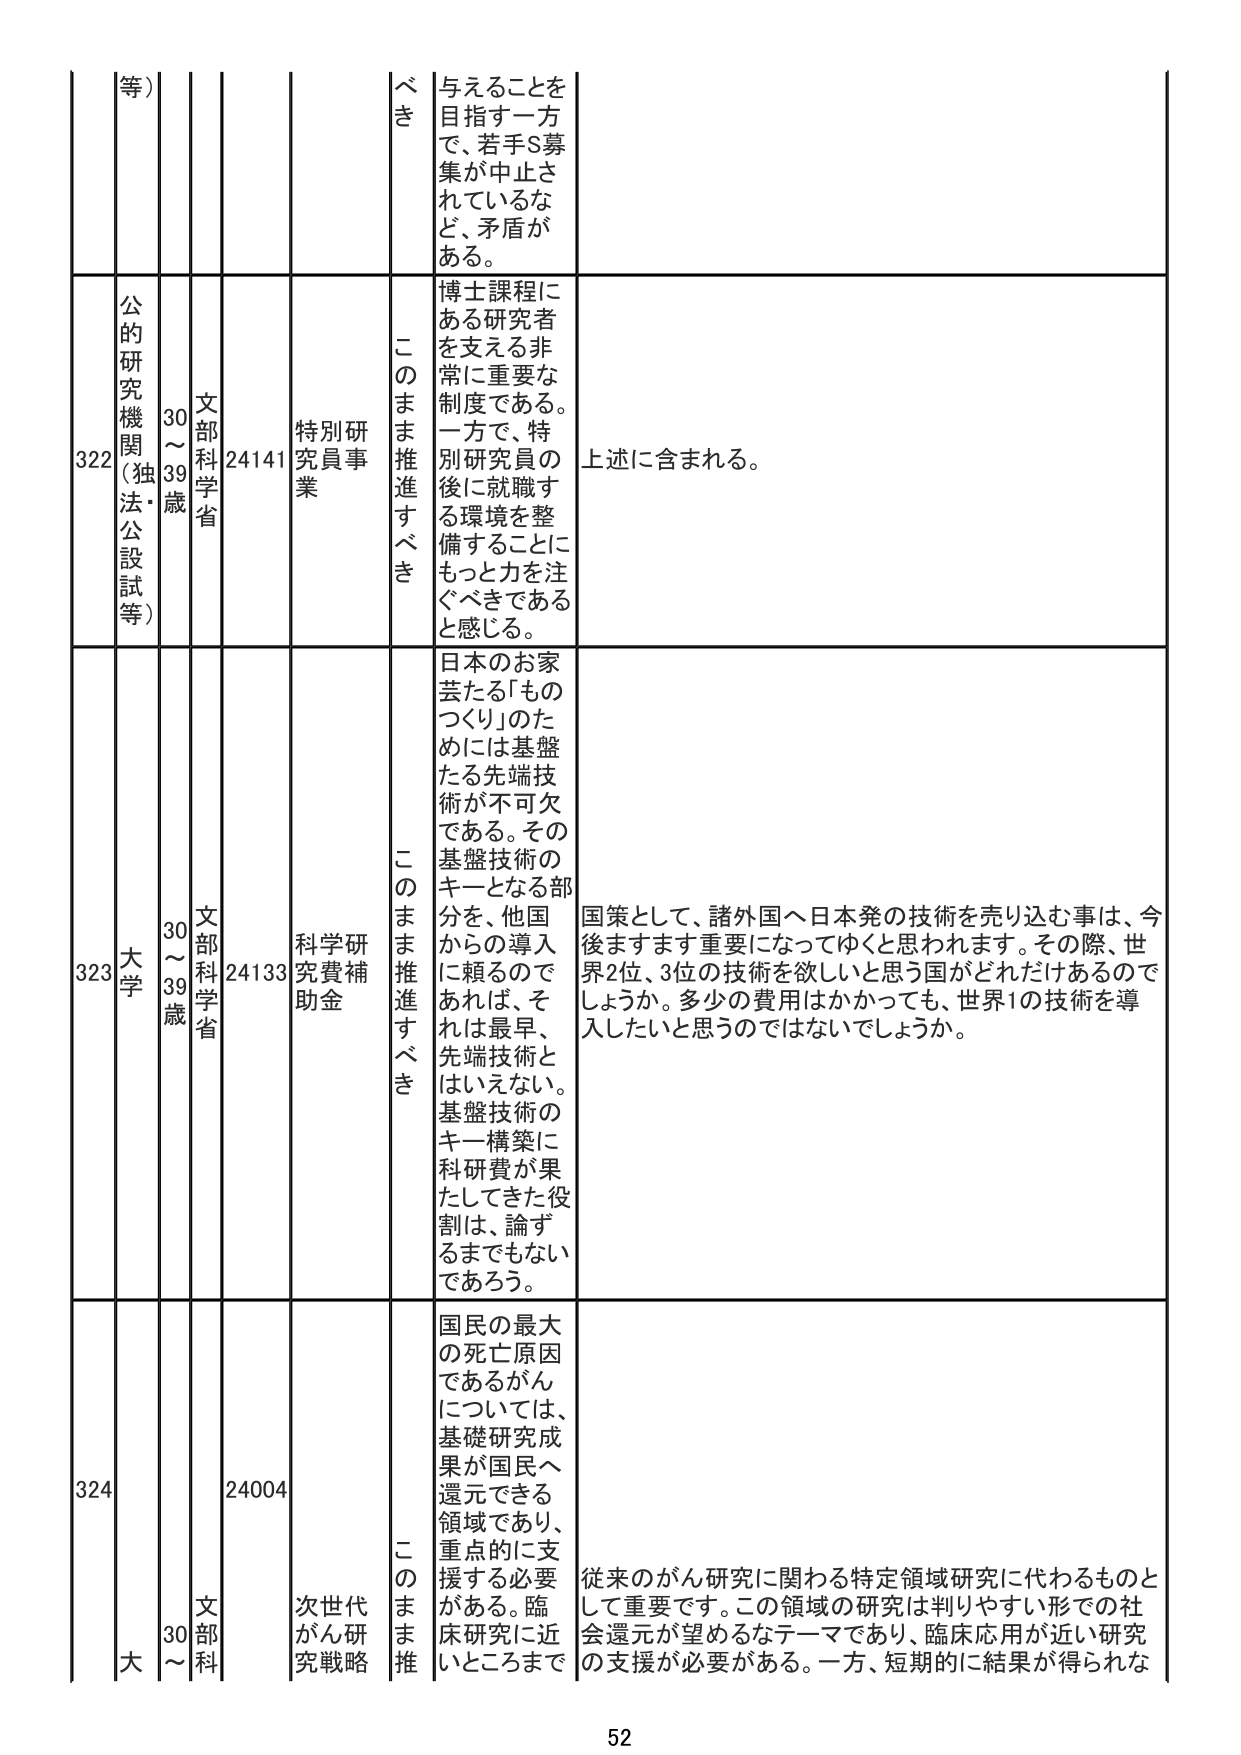
等）

322
公的
研究
機関
（独
法・
公設
試
等）
30～
39歳
文部
科学
省
24141
特別研
究員事
業
べき
与えることを
目指す一方
で、若手S募
集が中止さ
れているな
ど、矛盾が
ある。
このまま推進すべき
博士課程に
ある研究者
を支える非
常に重要な
制度である。
一方で、特
別研究員の
後に就職す
る環境を整
備することに
もっと力を注
ぐべきである
と感じる。
上述に含まれる。

323
大学
30～
39歳
文部
科学
省
24133
科学研
究費補
助金
このまま推進すべき
日本のお家
芸たる「もの
づくり」のた
めには基盤
たる先端技
術が不可欠
である。その
基盤技術の
キーとなる部
分を、他国
からの導入
に頼るので
あれば、そ
れは最早、
先端技術と
はいえない。
基盤技術の
キー構築に
科研費が果
たしてきた役
割は、論ず
るまでもない
であろう。
国策として、諸外国へ日本発の技術を売り込む事は、今
後ますます重要になってゆくと思われます。その際、世
界2位、3位の技術を欲しいと思う国がどれだけあるので
しょうか。多少の費用はかかっても、世界1の技術を導
入したいと思うのではないでしょうか。

324
大
30～
文部
科
24004
次世代
がん研
究戦略
このまま推
国民の最大
の死亡原因
であるがん
については、
基礎研究成
果が国民へ
還元できる
領域であり、
重点的に支
援する必要
がある。臨
床研究に近
いところまで
従来のがん研究に関わる特定領域研究に代わるものと
して重要です。この領域の研究は判りやすい形での社
会還元が望めるなテーマであり、臨床応用が近い研究
の支援が必要がある。一方、短期的に結果が得られな

52